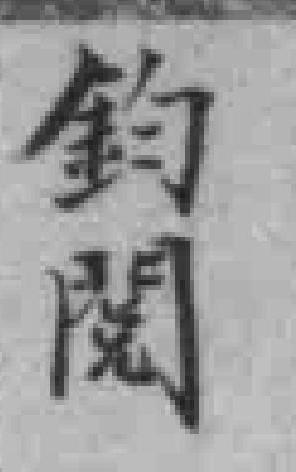
鈞閱